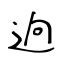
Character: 逈